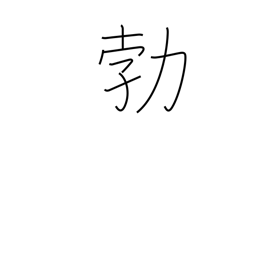
Meaning: suddenness